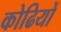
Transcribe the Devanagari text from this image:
कोढियों